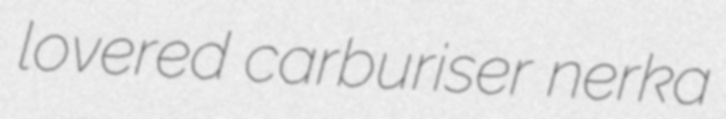
lovered carburiser nerka